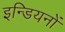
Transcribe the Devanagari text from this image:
इन्डियनों